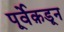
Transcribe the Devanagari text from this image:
पूर्वेक़डून